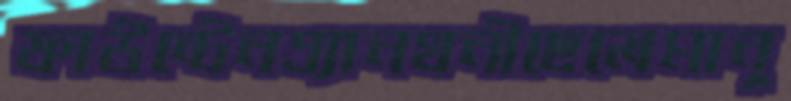
ফাউন্টেনএ্যানথনীছেলেমানু